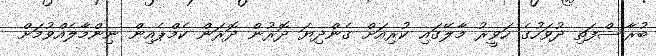
ބުރާސްފަތި ދުވަހުގެ ހަވީރު މާލޭގައި ކުރިއަށް ގެންދިޔަ ދޮރުން ދޮރަން ކެމްޕެއިން ނިންމާލެއްވުމަށް